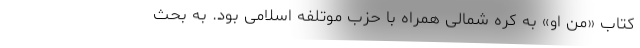
کتاب «من او» به کره شمالی همراه با حزب موتلفه اسلامی بود. به بحث